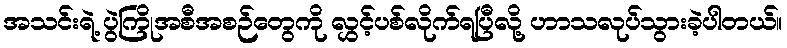
အသင်းရဲ့ ပွဲကြိုအစီအစဉ်တွေကို လွှင့်ပစ်လိုက်ရပြီလို့ ဟာသလုပ်သွားခဲ့ပါတယ်။